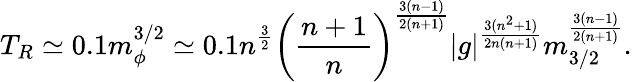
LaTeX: T_{R}\simeq 0.1m_{\phi}^{3/2}\simeq 0.1n^{\frac{3}{2}}\left(\frac{n+1}{n}\right)^{\frac{3(n-1)}{2(n+1)}}|g|^{\frac{3(n^{2}+1)}{2n(n+1)}}m_{3/2}^{\frac{3(n-1)}{2(n+1)}}.